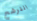
الترشح